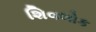
શિવલોક